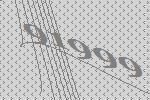
91999